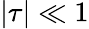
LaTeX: |\tau|\ll 1